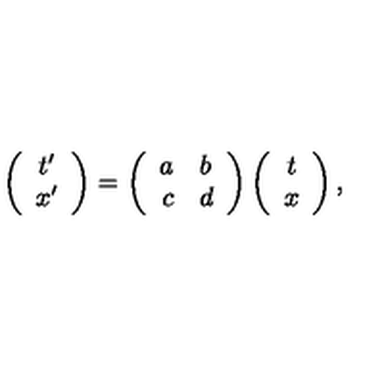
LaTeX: \left( \begin{array} { c } { t ^ { \prime } } \\ { x ^ { \prime } } \\ \end{array} \right) = \left( \begin{array} { r l } { a } & { b } \\ { c } & { d } \\ \end{array} \right) \left( \begin{array} { c } { t } \\ { x } \\ \end{array} \right) ,